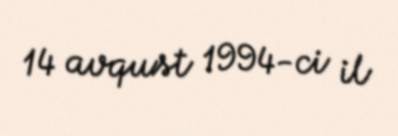
14 avqust 1994-ci il